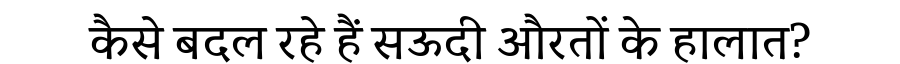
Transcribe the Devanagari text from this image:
कैसे बदल रहे हैं सऊदी औरतों के हालात?